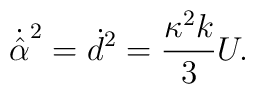
\dot{\hat{\alpha}}^2 = \dot{d}^2 = \frac{\kappa^2 k}{3} U.